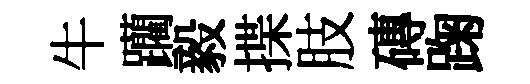
牛躪毅揲肢磚踘